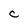
Character: C